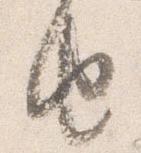
由